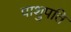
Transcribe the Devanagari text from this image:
पाशुपति